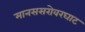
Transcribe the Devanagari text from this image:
मानससरोवरघाट